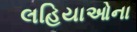
લહિયાઓના